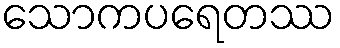
သောကပရေတဿ